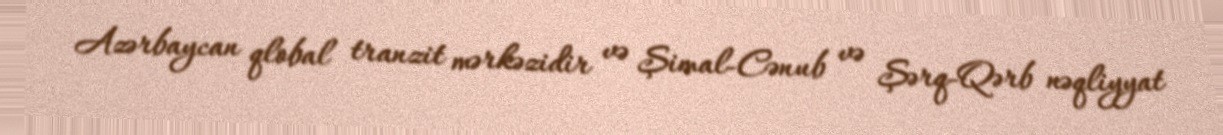
Azərbaycan qlobal tranzit mərkəzidir və Şimal-Cənub və Şərq-Qərb nəqliyyat